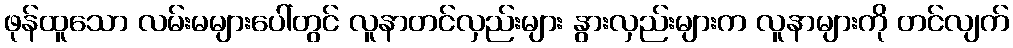
ဖုန်ထူသော လမ်းမများပေါ်တွင် လူနာတင်လှည်းများ နွားလှည်းများက လူနာများကို တင်လျက်